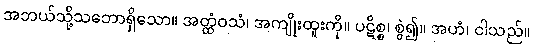
အဘယ်သို့သဘောရှိသော။ အတ္ထံဝသံ၊ အကျိုးထူးကို။ ပဋိစ္စ၊ စွဲ၍။ အဟံ၊ ငါသည်။